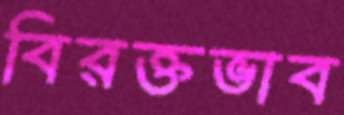
বিরক্তভাব